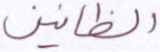
الظانين